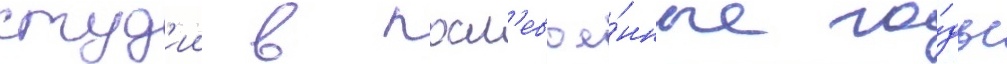
студ'ии в посл'евое́нные го́ды